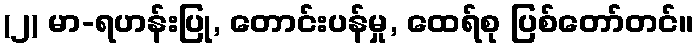
(၂) မာ-ရဟန်းပြု, တောင်းပန်မှု, ထေရ်စု ပြစ်တော်တင်။